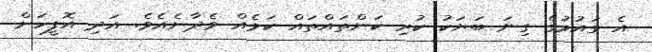
އެ ގައުމުގެ ގިނަ ބަޔަކު ކުރި ކަންތައްތައް ކަމެއް ވެދާނެއެވެ. އަދި އޮފީހަށް